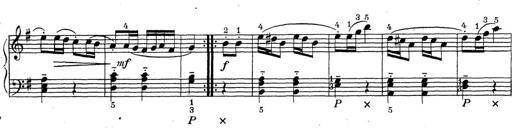
Title: ÄŒeskÃ© Sonatiny
Composer: Various